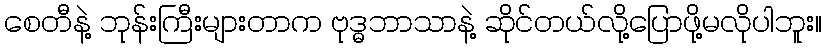
စေတီနဲ့ ဘုန်းကြီးများတာက ဗုဒ္ဓဘာသာနဲ့ ဆိုင်တယ်လို့ပြောဖို့မလိုပါဘူး။